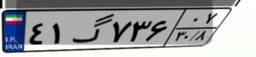
۴۱گ۷۳۶۰۷